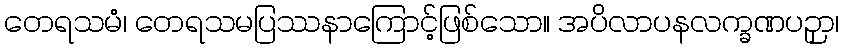
တေရသမံ၊ တေရသမပြဿနာကြောင့်ဖြစ်သော။ အပိလာပနလက္ခဏပဉှာ၊